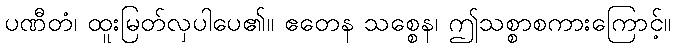
ပဏီတံ၊ ထူးမြတ်လှပါပေ၏။ ဧတေန သစ္စေန၊ ဤသစ္စာစကားကြောင့်။